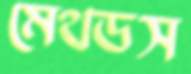
মেথডস